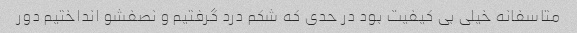
متاسفانه خیلی بی کیفیت بود در حدی که شکم درد گرفتیم و نصفشو انداختیم دور